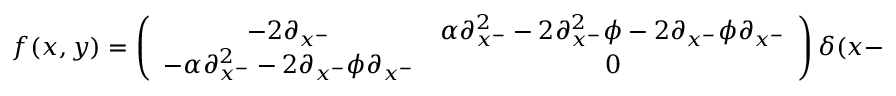
f ( x , y ) = \left( \begin{array} { c c } { { - 2 \partial _ { x ^ { - } } } } & { { \alpha \partial _ { x ^ { - } } ^ { 2 } - 2 \partial _ { x ^ { - } } ^ { 2 } \phi - 2 \partial _ { x ^ { - } } \phi \partial _ { x ^ { - } } } } \\ { { - \alpha \partial _ { x ^ { - } } ^ { 2 } - 2 \partial _ { x ^ { - } } \phi \partial _ { x ^ { - } } } } & { { 0 } } \end{array} \right) \delta ( x - y )